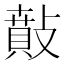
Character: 𢿠